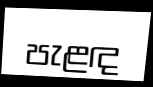
පැළඳ